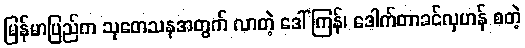
မြန်မာပြည်က သုတေသနအတွက် လာတဲ့ ဒေါ်ကြန်၊ ဒေါက်တာခင်လှဟန် စတဲ့